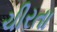
ચીરતા